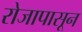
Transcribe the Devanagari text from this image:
रोजापासून